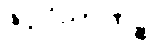
ဇိဝှါဝိညာဏဉ္စ